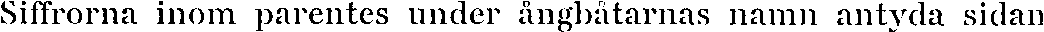
Siffrorna inom parentes under ångbåtarnas namn antyda sidan